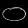
Digit: ၀